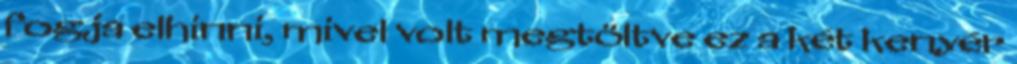
fogja elhinni, mivel volt megtöltve ez a két kenyér